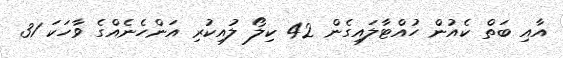
އާއި ބަތް ކެއުން ހުއްޓާލައިގެން 42 ކިލޯ ލުއިކުރި އަންހެނެއްގެ ވާހަކަ 31